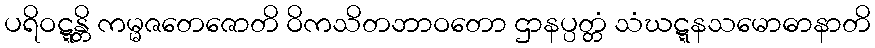
ပရိဝဋ္ဋန္တိ ကမ္မဇတေဇောတိ ဝိကသိတဘာဝတော ဌာနပ္ပတ္တံ သံဃဋ္ဋနသမောဓာနာတိ